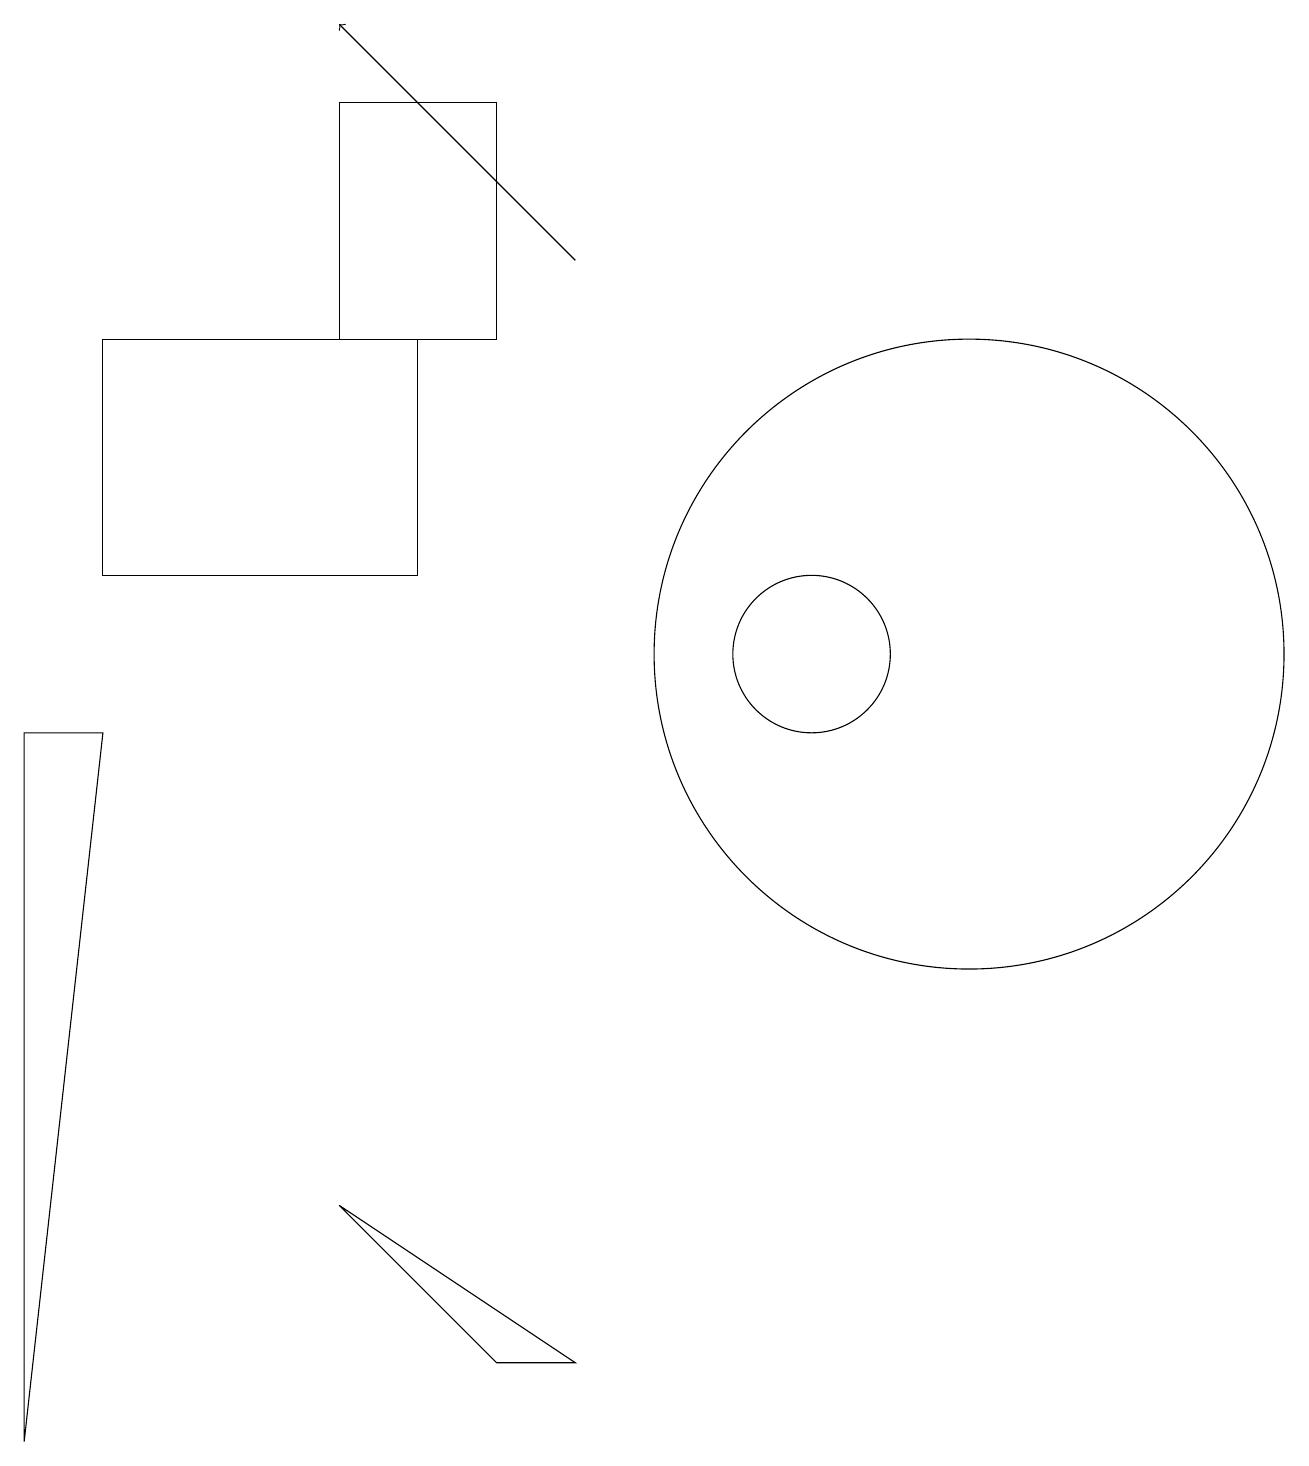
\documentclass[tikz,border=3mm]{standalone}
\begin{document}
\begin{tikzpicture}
\draw (7,1) -- (4,3) -- (6,1) -- cycle;
\draw (12,10) circle (4);
\draw[->] (7,15) -- (4,18);
\draw (10,10) circle (1);
\draw (6,14) rectangle (4,17);
\draw (0,9) -- (0,0) -- (1,9) -- cycle;
\draw (1,11) rectangle (5,14);
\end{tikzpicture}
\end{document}